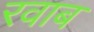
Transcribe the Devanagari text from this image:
रवाब